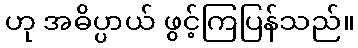
ဟု အဓိပ္ပာယ် ဖွင့်ကြပြန်သည်။